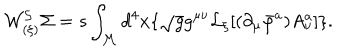
LaTeX: { \cal W _ { ( \xi ) } ^ { S } } \Sigma = s \int _ { \cal M } d ^ { 4 } x \lbrace \sqrt { g } g ^ { \mu \nu } { \cal L } _ { \xi } \lbrack ( \partial _ { \mu } \bar { \varphi } ^ { a } ) A _ { \nu } ^ { a } \rbrack \rbrace .